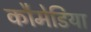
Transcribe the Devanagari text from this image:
कौमेडिया